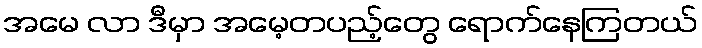
အမေ လာ ဒီမှာ အမေ့တပည့်တွေ ရောက်နေကြတယ်